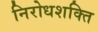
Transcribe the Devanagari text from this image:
निरोधशक्ति